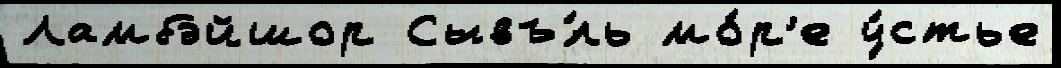
Ламбэйшор Сывъ́ль мо́р'е у́стье